King Institute of Preventive Medicine Micro-Biological Section reports 1909-11
Year: 1909
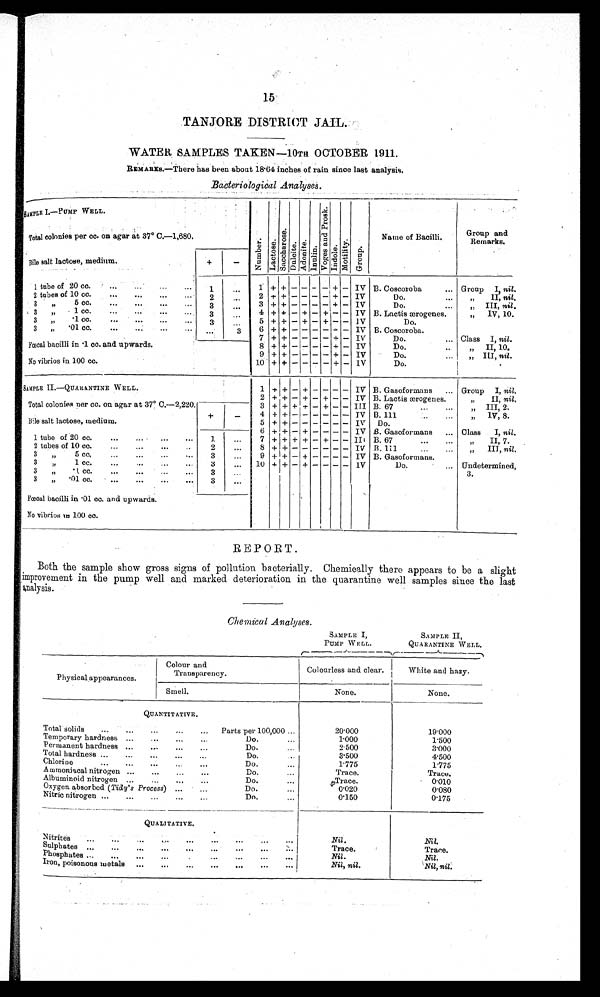
TANJORE DISTRICT JAIL.
WATER SAMPLES TAKEN—10TH. OCTOBER 1911
REMARKS.—There has been about 18·64 inches of rain since last analysis
Bacteriological Analyses.
SIMPLE I. —PUMP WELL.
Number.Lactose.SaccharoseDul ci t e.Adoni t e.Inuline. V o g e s a n d P r o s k . Indol.Motility.Group
Name of Bacilli.
Group and
Remarks.
Total colonies per cc. on agar at 37° C.—1,680.
Bile salt lactose, medium.
+
−
1 tube of 20 cc.
1
1 + + − − − − + − IV B. Coscoroba
Group I, nil .
2 tubes of 10 cc.
2
2 + + − − − − + − IV
Do.
„ II, nil,
3 „ 5 cc. „
3
3 + + − − − − + − IV
Do.
„ III, nil.
3 „ 1 cc. „
3
4 + + − + − − + − IV B. Lactis ærogenes.
„ IV, 10.
3 „ . 1 c c . „
3
5 + + − + − + − − IV
Do.
3 „.01 cc. „
3
6 + + − − − + − − IV B. Coscoroba.
Fœcal bacilli in.1 cc. and upwards.
7 + + − − − − + − IV
Do.
Class I, nil .
8 + + − − − − + − IV
Do.
„ II, 10
9 + + − − − − + − IV
Do.
„ III, nil .
No vibrios in 100 cc.
10 + + − − − − + − IV
Do.
SAMPLE II.—QUARANTINE WELL
1 + + − + − − − − IV B. Gasoformans
Group I, nil.
2 + + − + − + − − IV B. Lactis ærogenes.
„ II, nil.
Total colonies per cc. on agar at 37° C.—2,220.
3 + + + + − −+ − − III B. 67
„ III, 2.
Bile salt lactose, medium.
+
−
4 + + − − − − − − IV B. 111
„ IV, 8.
5 + + − − − − − − IV Do.
6 ++ − − − − − − IV B. Gasoformans
Class I, nil.
1 tube of 20 cc.
1
7 + + − − − + − − III B.67
„ II, 7.
2 tubes of 10 cc.
2
8 + + − + − − − −
IV B. 111
„ III, nil.
3 „ 5 cc. „
3
9 + + − + − − − − IV B. Gasoformans.
3 „ 1 c c . „
3
10 + + − − − − − −
IV
Do.
Undetermined, 3
3 „.1 cc. „
3
3 „.01 cc. „
3
Fœcal bacilli in.01 cc. and upwards.
.
No vibrios in 100 cc.
REPORT.
Both the sample show gross signs of pollution bacterially. Chemically there appears to be a slight
improvement in the pump well and marked deterioration in the quarantine well samples since the last
analysis.
Chemical Analyses.
SAMPLE I,
PUMP WELL.
SAMPLE II,
QUARANTINE WELL.
Physical appearances.
Colour and
Transparency.
Colourless and clear.
White and hazy.
Smell.
None.
None.
QUANTITATIVE.
Total solids
Parts per 100,000
20·000
19·000
Temporary hardness
Do.
1·000
1·500
Permanent hardness
Do.
2·500
3·000
Total hardness
Do.
3·500
4·500
Chlorine
Do..
1·775
1·775
Ammoniacal nitrogen
Do.
Trace.
Trace.
Albuminoid nitrogen
Do.
Trace .
0·010
Oxygen absorbed ( Tidy' s Process)
Do.
0·020
0·080
Nitric nitrogen
Do.
0·150
0·175
QUALITATIVE.
Nitrites
Nil.
Nil.
Sulphates
Trace.
Trace.
Phosphates
Nil.
Nil.
Iron, poisonous metals
Nil, nil.
Nil, nil.